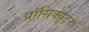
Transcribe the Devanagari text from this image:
प्रॉसिक्य़ूटर